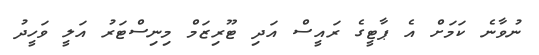
ނުވާނެ ކަމަށް އެ ޕާޓީގެ ރައީސް އަދި ޓޫރިޒަމް މިނިސްޓަރު އަލީ ވަހީދު